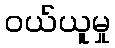
ဝယ်ယူမှု